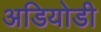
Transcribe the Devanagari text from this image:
अडियोडी